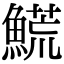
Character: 𩺊